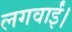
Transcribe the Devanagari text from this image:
लगवाईं।